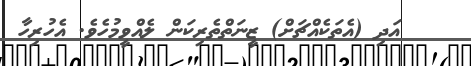
އަދި (އެތަކެއްޗަށް) ޒީނަތްތެރިކަން ލެއްވީމުހެވެ. އެހުރިހާ